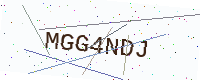
Text: MGG4NDJ